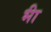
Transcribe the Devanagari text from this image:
भ्‍ीा